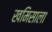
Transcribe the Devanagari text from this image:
खमिसाला